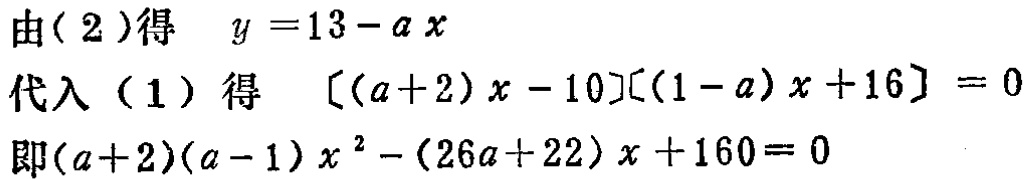
由(2)得 \(y = 13 - ax\)
代入(1)得 \([(a + 2)x - 10][(1 - a)x + 16] = 0\)
即\((a + 2)(a - 1)x^{2} - (26a + 22)x + 160 = 0\)